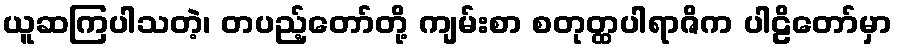
ယူဆကြပါသတဲ့၊ တပည့်တော်တို့ ကျမ်းစာ စတုတ္ထပါရာဇိက ပါဠိတော်မှာ